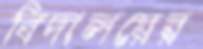
বিদালয়ের